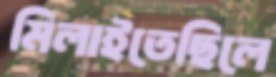
মিলাইতেছিলে